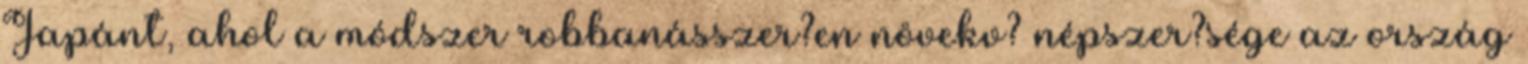
Japánt, ahol a módszer robbanásszer?en növekv? népszer?sége az ország